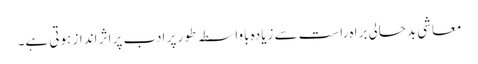
معاشی بدحالی براہ راست سے زیادہ باواسطہ طور پر ادب پر اثر انداز ہوتی ہے۔